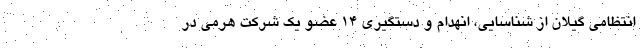
انتظامی گیلان از شناسایی، انهدام و دستگیری ۱۴ عضو یک شرکت هرمی در